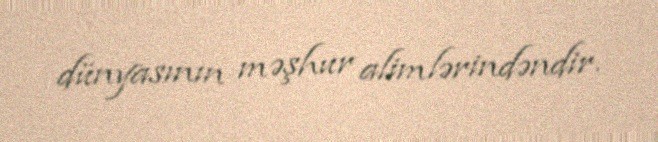
dünyasının məşhur alimlərindəndir.